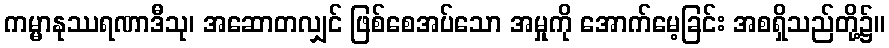
ကမ္မာနုဿရဏာဒီသု၊ အဆောတလျှင် ဖြစ်စေအပ်သော အမှုကို အောက်မေ့ခြင်း အစရှိသည်တို့၌။